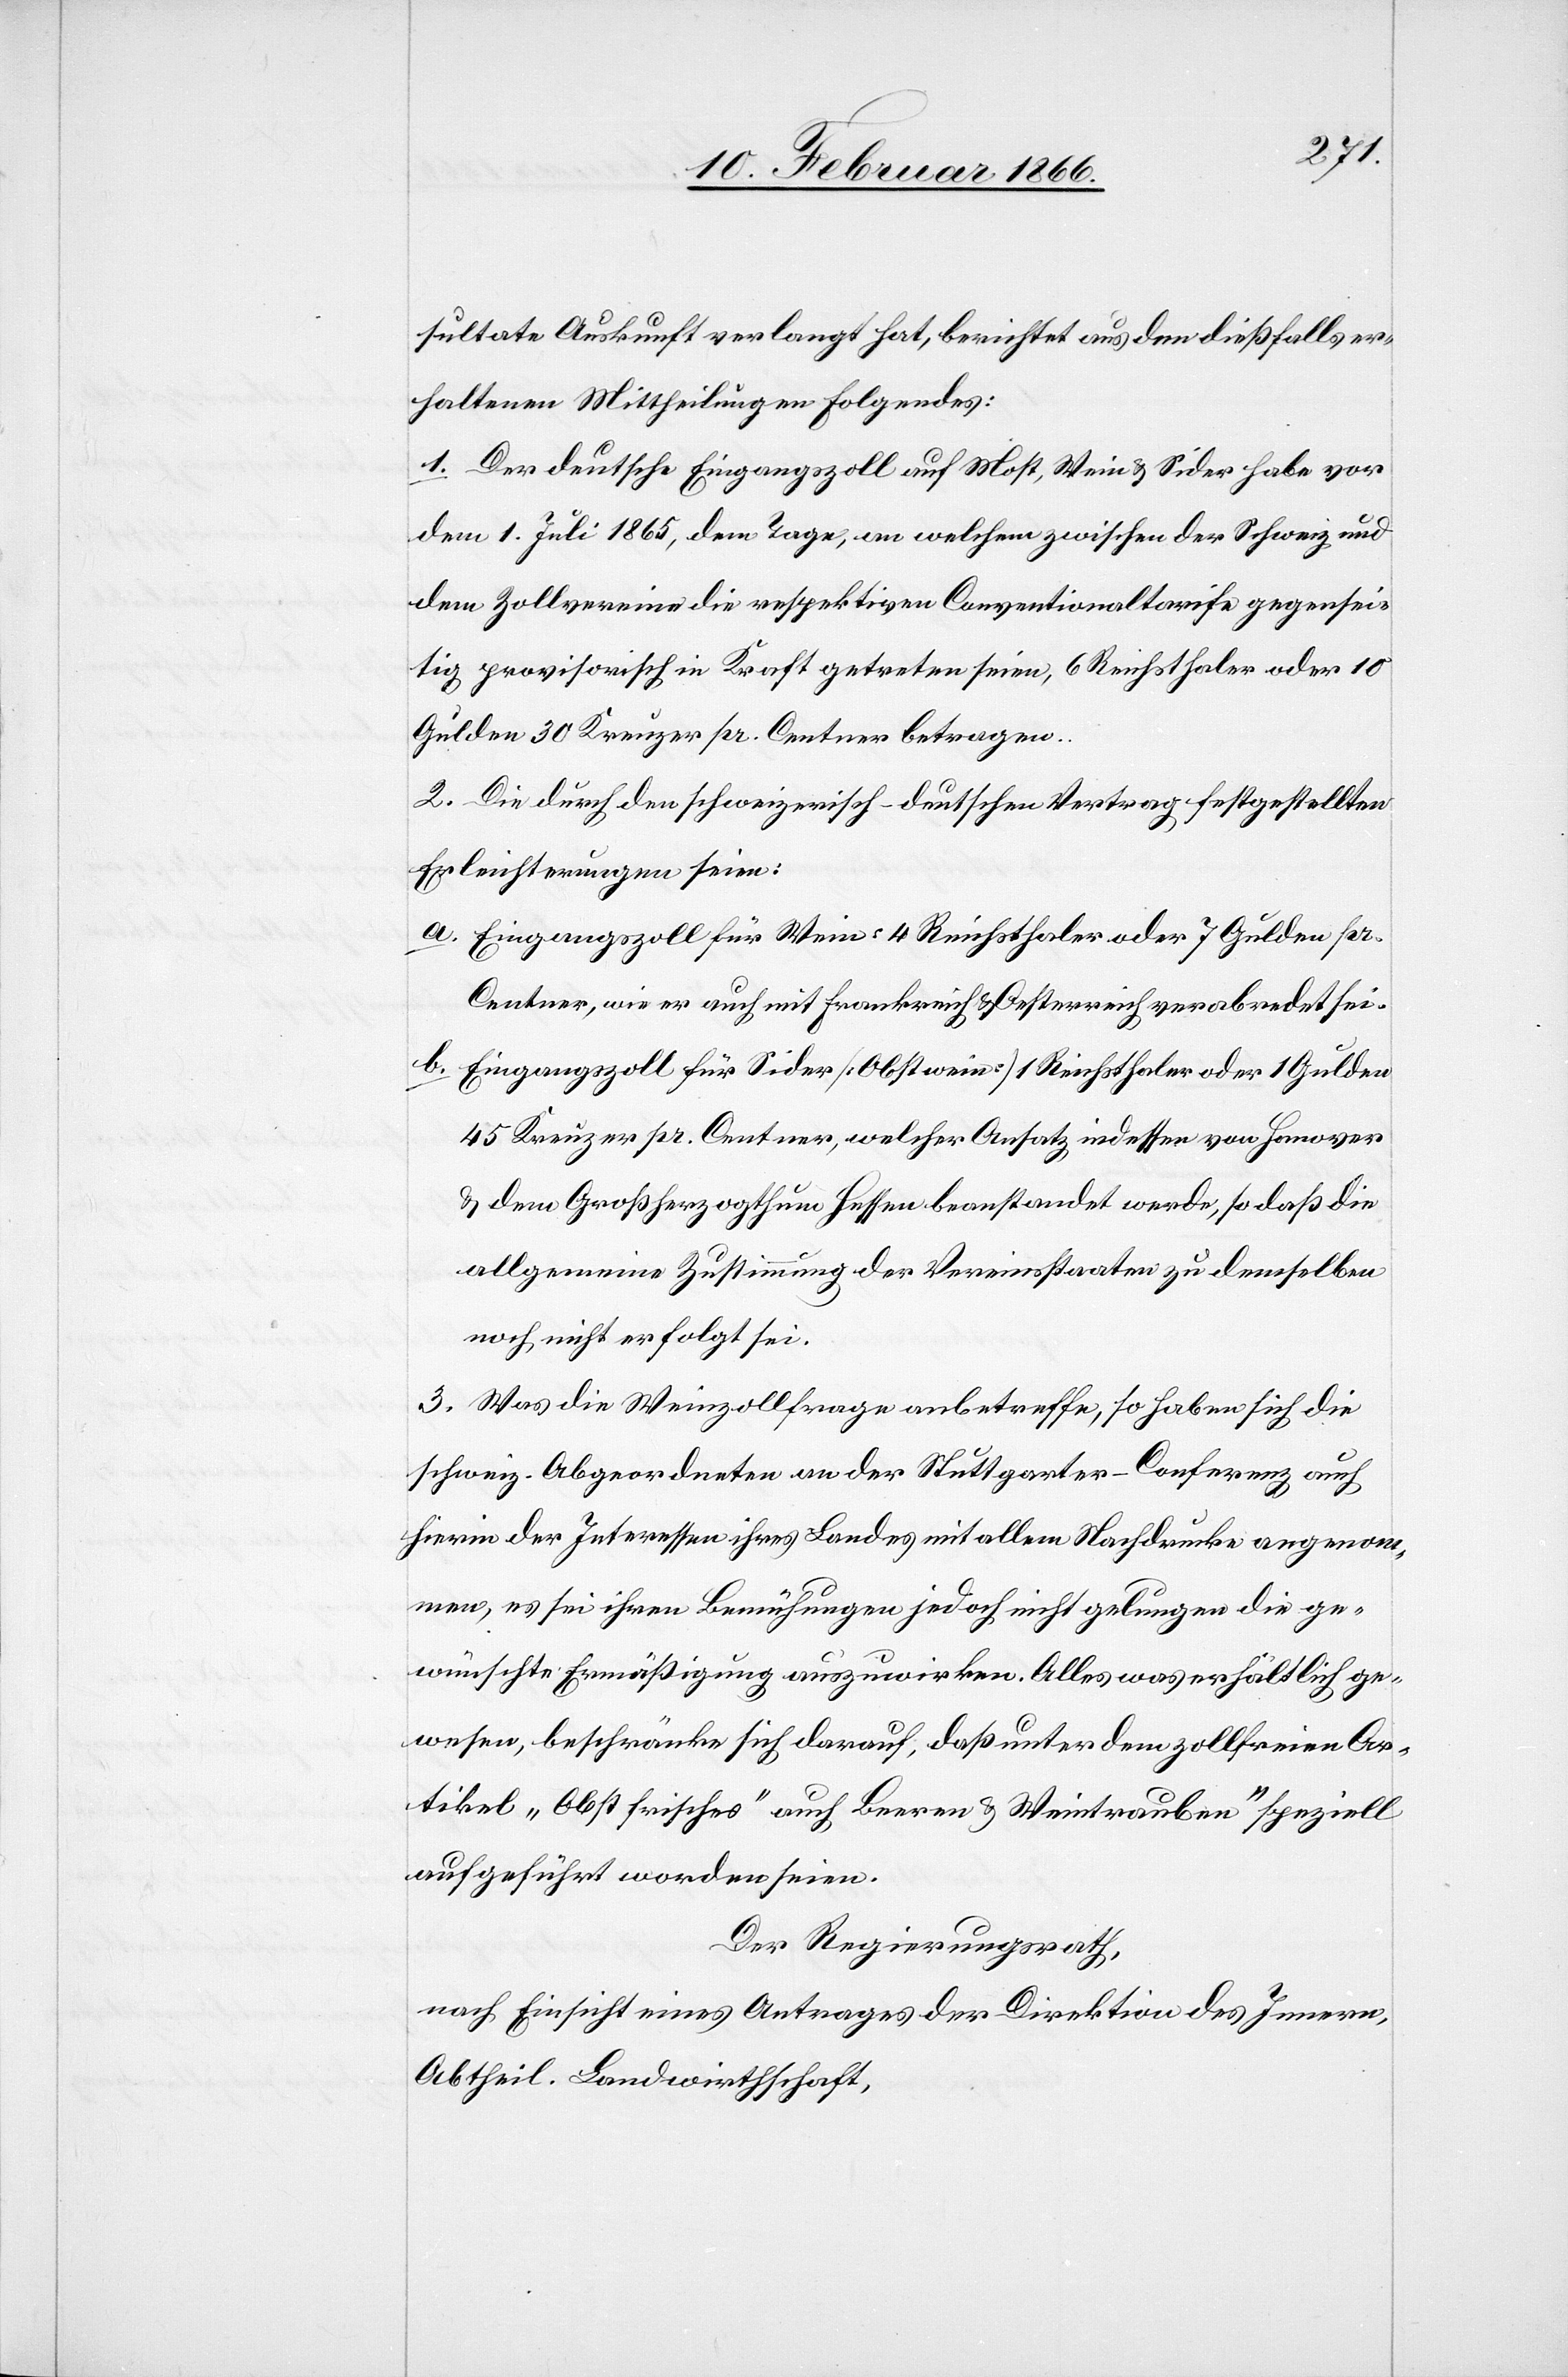
sultate Auskunft verlangt hat, berichtet aus den dießfalls er¬
haltenen Mittheilungen folgendes:
1. Der deutsche Eingangszoll auf Most, Wein u. Sider habe vor
dem 1. Juli 1865, dem Tage, an welchem zwischen der Schweiz und
dem Zollverein die respektiven Conventionaltarife gegensei¬
tig provisorisch in Kraft getreten seien, 6 Reichthaler oder 10
Gulden 30 Kreuzer pr. Centner betragen.
2. Die durch den schweizerisch-deutschen Vertrag festgestellten
Erleichterungen seien:
a. Eingangszoll für Wein: 4 Reichsthaler oder 7 Golden pr.
Centner, wie er auch mit Frankreich u. Oesterreich verabredet sei.
b. Eingangszoll für Sider [Obstwein] 1 Reichsthaler oder 1 Gulden
45 Kreuzer pr. Centner, welcher Ansatz indessen von Hanover
u. dem Großherzogthum Hessen beanstandet werde, so daß die
allgemeine Zustimmung der Vereinsstaaten zu demselben
noch nicht erfolgt sei.
3. Was die Weinzollfrage anbetreffe, so haben sich die
schweiz. Abgeordneten an der Stuttgarter–Conferenz auch
hierin der Interessen ihres Landes mit allem Nachdrucke angenom¬
men, es sei ihren Bemühungen jedoch nicht gelungen die ge¬
wünschte Ermäßigung auszuwirken. Alles, was erhältlich ge¬
wesen, beschränke sich darauf, daß unter dem zollfreien Ar¬
tikel „Obst frisches“ auch Beeren u. Weintrauben speziell
aufgeführt worden seien.
Der Regierungsrath,
nach Einsicht eines Antrages der Direktion des Innern,
Abtheil. Landwirthschaft,